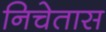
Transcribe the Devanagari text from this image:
निचेतास